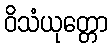
ဝိသံယုတ္တော